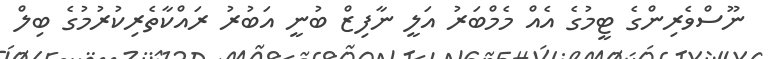
ނޫސްވެރިންގެ ޓީމުގެ އެއް މެމްބަރު އަލީ ނާފިޒް ބުނީ އަބުރު ރައްކާތެރިކުރުމުގެ ބިލް